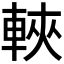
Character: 𫏶